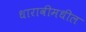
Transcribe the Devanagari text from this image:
धारावीमधील